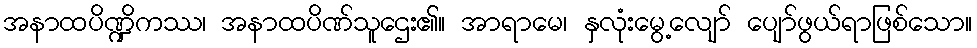
အနာထပိဏ္ဍိကဿ၊ အနာထပိဏ်သူဌေး၏။ အာရာမေ၊ နှလုံးမွေ့လျော် ပျော်ဖွယ်ရာဖြစ်သော။